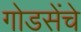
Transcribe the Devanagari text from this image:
गोडसेंचे